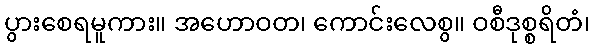
ပွားစေရမူကား။ အဟောဝတ၊ ကောင်းလေစွ။ ဝစီဒုစ္စရိတံ၊